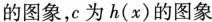
的图象，c为h(x)的图象